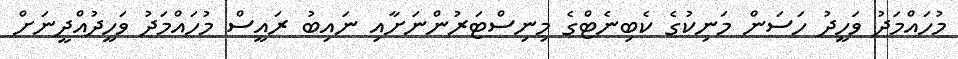
މުހައްމަދު ވަހީދު ހަސަން މަނިކުގެ ކެބިނެޓްގެ މިނިސްޓަރުންނަށާއި ނައިބު ރައީސް މުހައްމަދު ވަހީދުއްދީނަށް